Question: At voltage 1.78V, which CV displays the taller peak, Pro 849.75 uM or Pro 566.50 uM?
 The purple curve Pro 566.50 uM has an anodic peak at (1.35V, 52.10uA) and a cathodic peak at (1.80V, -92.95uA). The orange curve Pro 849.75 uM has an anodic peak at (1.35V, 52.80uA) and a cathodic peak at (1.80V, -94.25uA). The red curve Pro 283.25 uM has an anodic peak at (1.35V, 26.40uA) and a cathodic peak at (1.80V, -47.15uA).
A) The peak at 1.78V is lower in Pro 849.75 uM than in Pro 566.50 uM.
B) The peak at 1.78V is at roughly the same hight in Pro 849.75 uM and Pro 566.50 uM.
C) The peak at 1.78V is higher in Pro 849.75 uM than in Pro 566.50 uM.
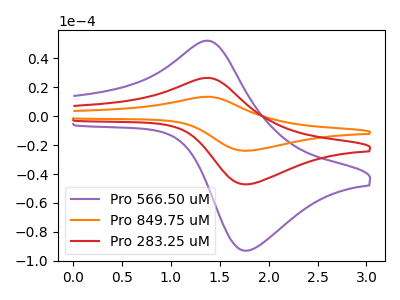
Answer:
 <answer>C) The peak at 1.78V is higher in "Pro 849.75 uM" than in "Pro 566.50 uM".</answer>
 <eval>C</eval>